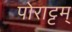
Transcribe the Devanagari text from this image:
पोराट्टम्